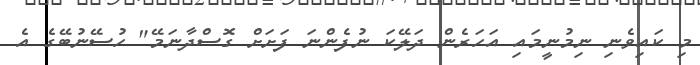
މި ކައިވެނި ނިމުނީމައި އަހަރެން ދަލޭކަ ނުފެންނަ ފަށަށް ގޮސްދާނަމޭ" ހުސޭނުބޭގެ އެ